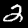
Digit: 2